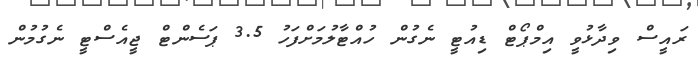
ރައީސް ވިދާޅުވީ އިމްޕޯޓް ޑިއުޓީ ނެގުން ހުއްޓާލުމަށްފަހު 3.5 ޕަސެންޓް ޖީއެސްޓީ ނެގުމުން